Insane asylums in Bengal annual reports 1867-1875 - 1867-1875
Year: 1867
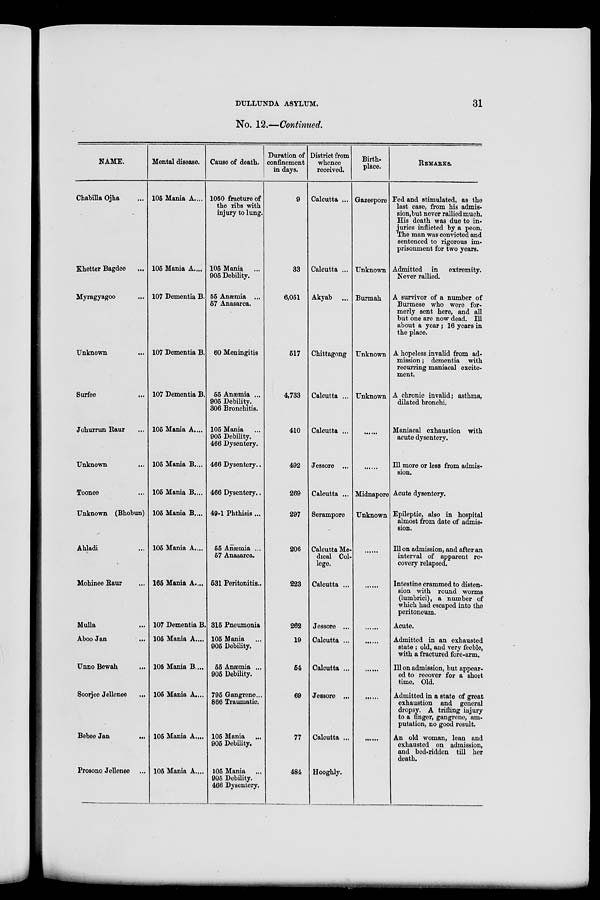
DULLUNDA ASYLUM.
31
No. 12.—Continued.
NAME.
Chabilla Ojha ...
Khetter Bagdee ...
Myragyagoo ...
Unknown ...
Surfee ...
Johurrun Raur ...
Unknown ...
Toonee ...
Unknown (Bhobun)
Ahladi ...
Mohinee Raur ...
Mulla ...
Aboo Jan
...
Unno Bewah
...
Soorjee Jellenee ...
Bebee Jan
...
Prosono Jellenee ...
Mental disease.
105 Mania A....
105 Mania A....
107 Dementia B.
107 Dementia B.
107 Dementia B.
105 Mania A....
105 Mania B....
105 Mania B....
105 Mania B....
105 Mania A....
165 Mania A....
107 Dementia B.
105 Mania A....
105 Mania B....
105 Mania A....
105 Mania A....
105 Mania A....
Cause of death.
1050 fracture of
the ribs with
injury to lung.
105 Mania ...
905 Debility.
55 Anæmia ...
57 Anasarca.
60 Meningitis
55 Anæmia ...
905 Debility.
306 Bronchitis.
105 Mania ...
905 Debility.
466 Dysentery.
466 Dysentery..
466 Dysentery..
49-1 Phthisis ...
55 Anæmia ...
57 Anasarca.
531 Peritonitis..
315 Pneumonia
105 Mania ...
905 Debility.
55 Anæmia ...
905 Debility.
795 Gangrene...
866 Traumatic.
105 Mania ...
905 Debility.
105 Mania ...
905 Debility.
466 Dysentery.
Duration of
confinement
in days.
9
33
6,051
517
4,733
410
492
269
297
206
223
262
19
54
69
77
484
District from
whence
received.
Calcutta ...
Calcutta ...
Akyab ...
Chittagong
Calcutta ...
Calcutta ...
Jessore ...
Calcutta ...
Serampore
Calcutta Me-
dical Col-
lege.
Calcutta ...
Jessore ...
Calcutta ...
Calcutta ...
Jessore ...
Calcutta ...
Hooghly.
Birth-
place.
Gazeepore
Unknown
Burmah
Unknown
Unknown
......
......
Midnapore
Unknown
......
......
......
......
......
......
......
REMARKS.
Fed and stimulated, as the
last case, from his admis-
sion,but never rallied much.
His death was due to in-
juries inflicted by a peon.
The man was convicted and
sentenced to rigorous im-
prisonment for two years.
Admitted in
extremity.
Never rallied.
A survivor of a number of
Burmese who were for-
merly sent here, and all
but one are now dead. Ill
about a year ; 16 years in
the place.
A hopeless invalid from ad-
mission ; dementia with
recurring maniacal excite-
ment.
A chronic invalid; asthma,
dilated bronchi.
Maniacal exhaustion with
acute dysentery.
Ill more or less from admis-
sion.
Acute dysentery.
Epileptic, also in hospital
almost from date of admis-
sion.
Ill on admission, and after an
interval of apparent re-
covery relapsed.
Intestine crammed to disten-
sion with round worms
(lumbrici), a number of
which had escaped into the
peritoneum.
Acute.
Admitted in an exhausted
state ; old, and very feeble,
with a fractured fore-arm.
Ill on admission, but appear-
ed to recover for a short
time. Old.
Admitted in a state of great
exhaustion and general
dropsy. A trifling injury
to a finger, gangrene, am-
putation, no good result.
An old woman, lean and
exhausted on admission,
and bed-ridden till her
death.